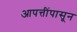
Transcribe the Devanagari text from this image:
आपत्तींपासून